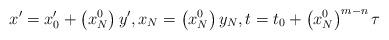
LaTeX: \begin{align*}x^{\prime}=x_{0}^{\prime}+\left( x_{N}^{0}\right) y^{\prime},x_{N}=\left( x_{N}^{0}\right) y_{N},t=t_{0}+\left( x_{N}^{0}\right)^{m-n}\tau\end{align*}